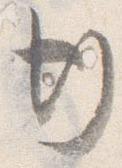
行